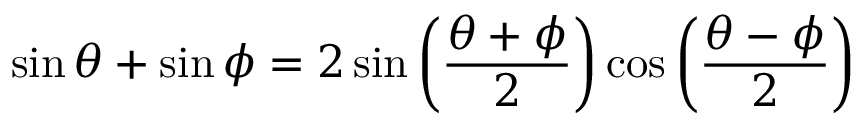
\sin \theta + \sin \phi = 2 \sin \left( { \frac { \theta + \phi } { 2 } } \right) \cos \left( { \frac { \theta - \phi } { 2 } } \right)